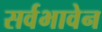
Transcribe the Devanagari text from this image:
सर्वभावेन